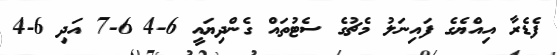
ފެޑެރާ އިއްޔެގެ ފައިނަލު މެޗުގެ ސެޓުތައް ގެންދިޔައީ 6-4 6-7 އަދި 6-4